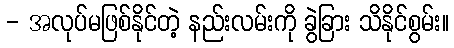
- အလုပ်မဖြစ်နိုင်တဲ့ နည်းလမ်းကို ခွဲခြား သိနိုင်စွမ်း။